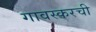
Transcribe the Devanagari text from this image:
गावस्करची